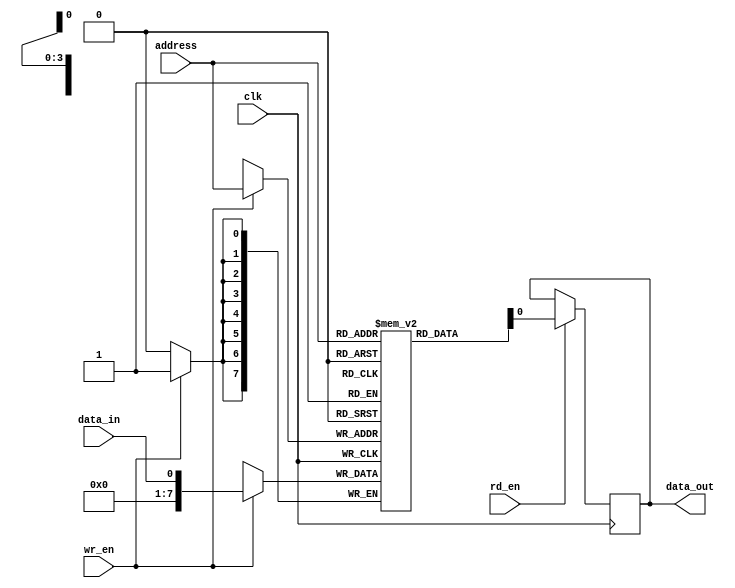
module sram(
    input wire clk,
    input wire rd_en,
    input wire wr_en,
    input wire [3:0] address,
    input wire data_in,
    output reg data_out
);

reg [7:0] memory [15:0]; // 16 memory cells with 8 bits each

always @(posedge clk) begin
    if(rd_en) begin // Read operation
        data_out <= memory[address];
    end
    
    if(wr_en) begin // Write operation
        memory[address] <= data_in;
    end
end

endmodule